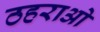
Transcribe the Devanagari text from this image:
ठहराओ